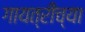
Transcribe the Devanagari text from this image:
गायत्रीच्या